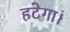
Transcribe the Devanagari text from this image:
हटेगा।